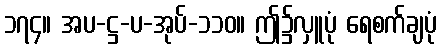
၁၇၄။ အပ-ဋ္ဌ-ပ-အုပ်-၁၁၀။ ဤ၌လှူပုံ ရေစက်ချပုံ